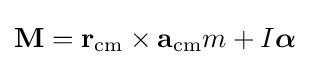
\mathbf {M} =\mathbf {r} _{\rm {cm}}\times \mathbf {a} _{\rm {cm}}m+I{\boldsymbol {\alpha }}